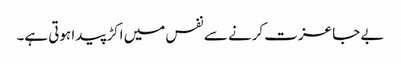
بے جا عزت کرنے سے نفس میں اکڑ پیدا ہوتی ہے۔